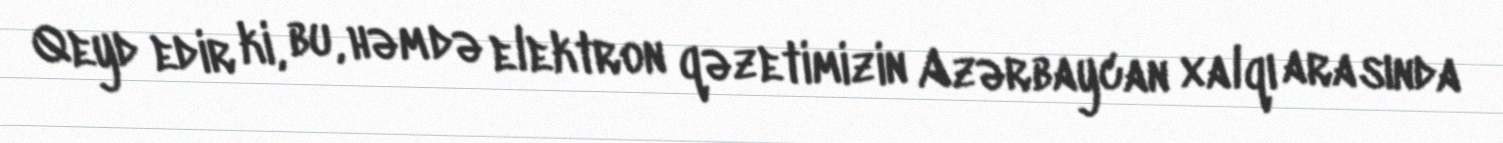
Qeyd edir ki, bu, həm də elektron qəzetimizin Azərbaycan xalqı arasında